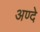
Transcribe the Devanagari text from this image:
अण्दे